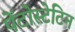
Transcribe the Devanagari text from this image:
पेंटोस्टेटिन